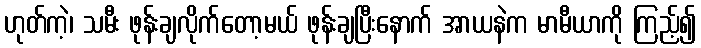
ဟုတ်ကဲ့၊ သမီး ဖုန်းချလိုက်တော့မယ် ဖုန်းချပြီးနောက် အာယနဲက မာမီယာကို ကြည့်၍